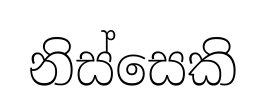
නිස්සෙකි